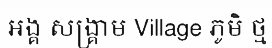
អង្គ សង្គ្រាម Village ភូមិ ថ្ម